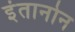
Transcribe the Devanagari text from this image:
इंतानोन